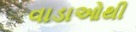
વાડાઓથી